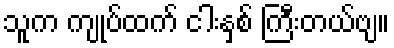
သူက ကျုပ်ထက် ငါးနှစ် ကြီးတယ်ဗျ။